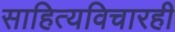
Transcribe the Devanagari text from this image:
साहित्यविचारही